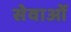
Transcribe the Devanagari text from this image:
सेवाओंं